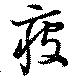
疲